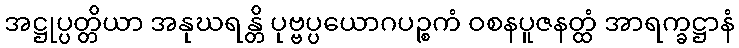
အဋ္ဌုပ္ပတ္တိယာ အနုဃရန္တိ ပုဗ္ဗပ္ပယောဂပဉ္စကံ ဝစနပူဇနတ္ထံ အာရက္ခဋ္ဌာနံ